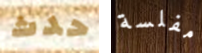
حدث مفلسة